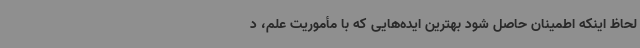
لحاظ اینکه اطمینان حاصل شود بهترین ایده‌هایی که با مأموریت علم، د